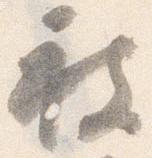
被